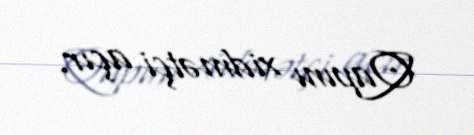
Qapını xidmətçi açır.